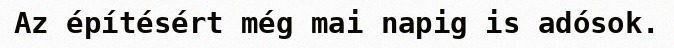
Az építésért még mai napig is adósok.